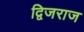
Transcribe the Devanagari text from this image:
द्विजराज